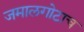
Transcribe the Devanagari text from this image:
जमालगोटाच